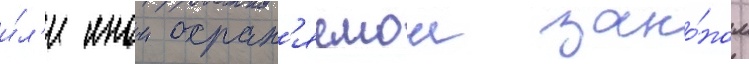
и́л'и инои охран'яемои зако́ном